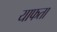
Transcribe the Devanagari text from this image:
याफता